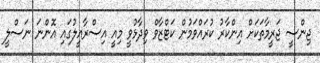
ޖިންސީ ޖަރީމާތަކަށް އިންކާރު ކުރައްވަމުން ކަޓްޒާވް ވިދާޅުވީ މިއީ އިސްރާއީލުގައި އޮންނަ ނަސްލީ